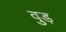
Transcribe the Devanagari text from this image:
वुड़